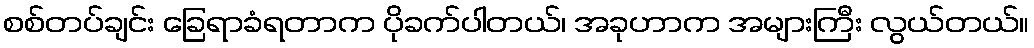
စစ်တပ်ချင်း ခြေရာခံရတာက ပိုခက်ပါတယ်၊ အခုဟာက အများကြီး လွယ်တယ်။